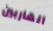
الهاربين